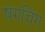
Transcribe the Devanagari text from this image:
षंगचिंग